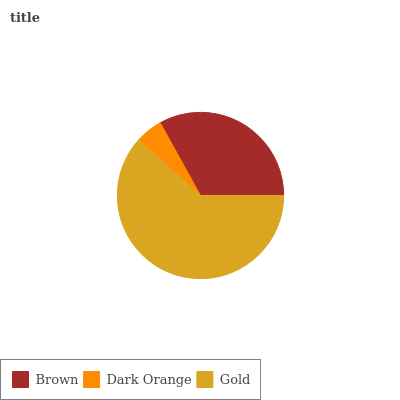
| Brown | Dark Orange | Gold |
 | --- | --- | --- |
 | 33.1% | 5.28% | 61.6% |